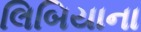
લિબિયાના